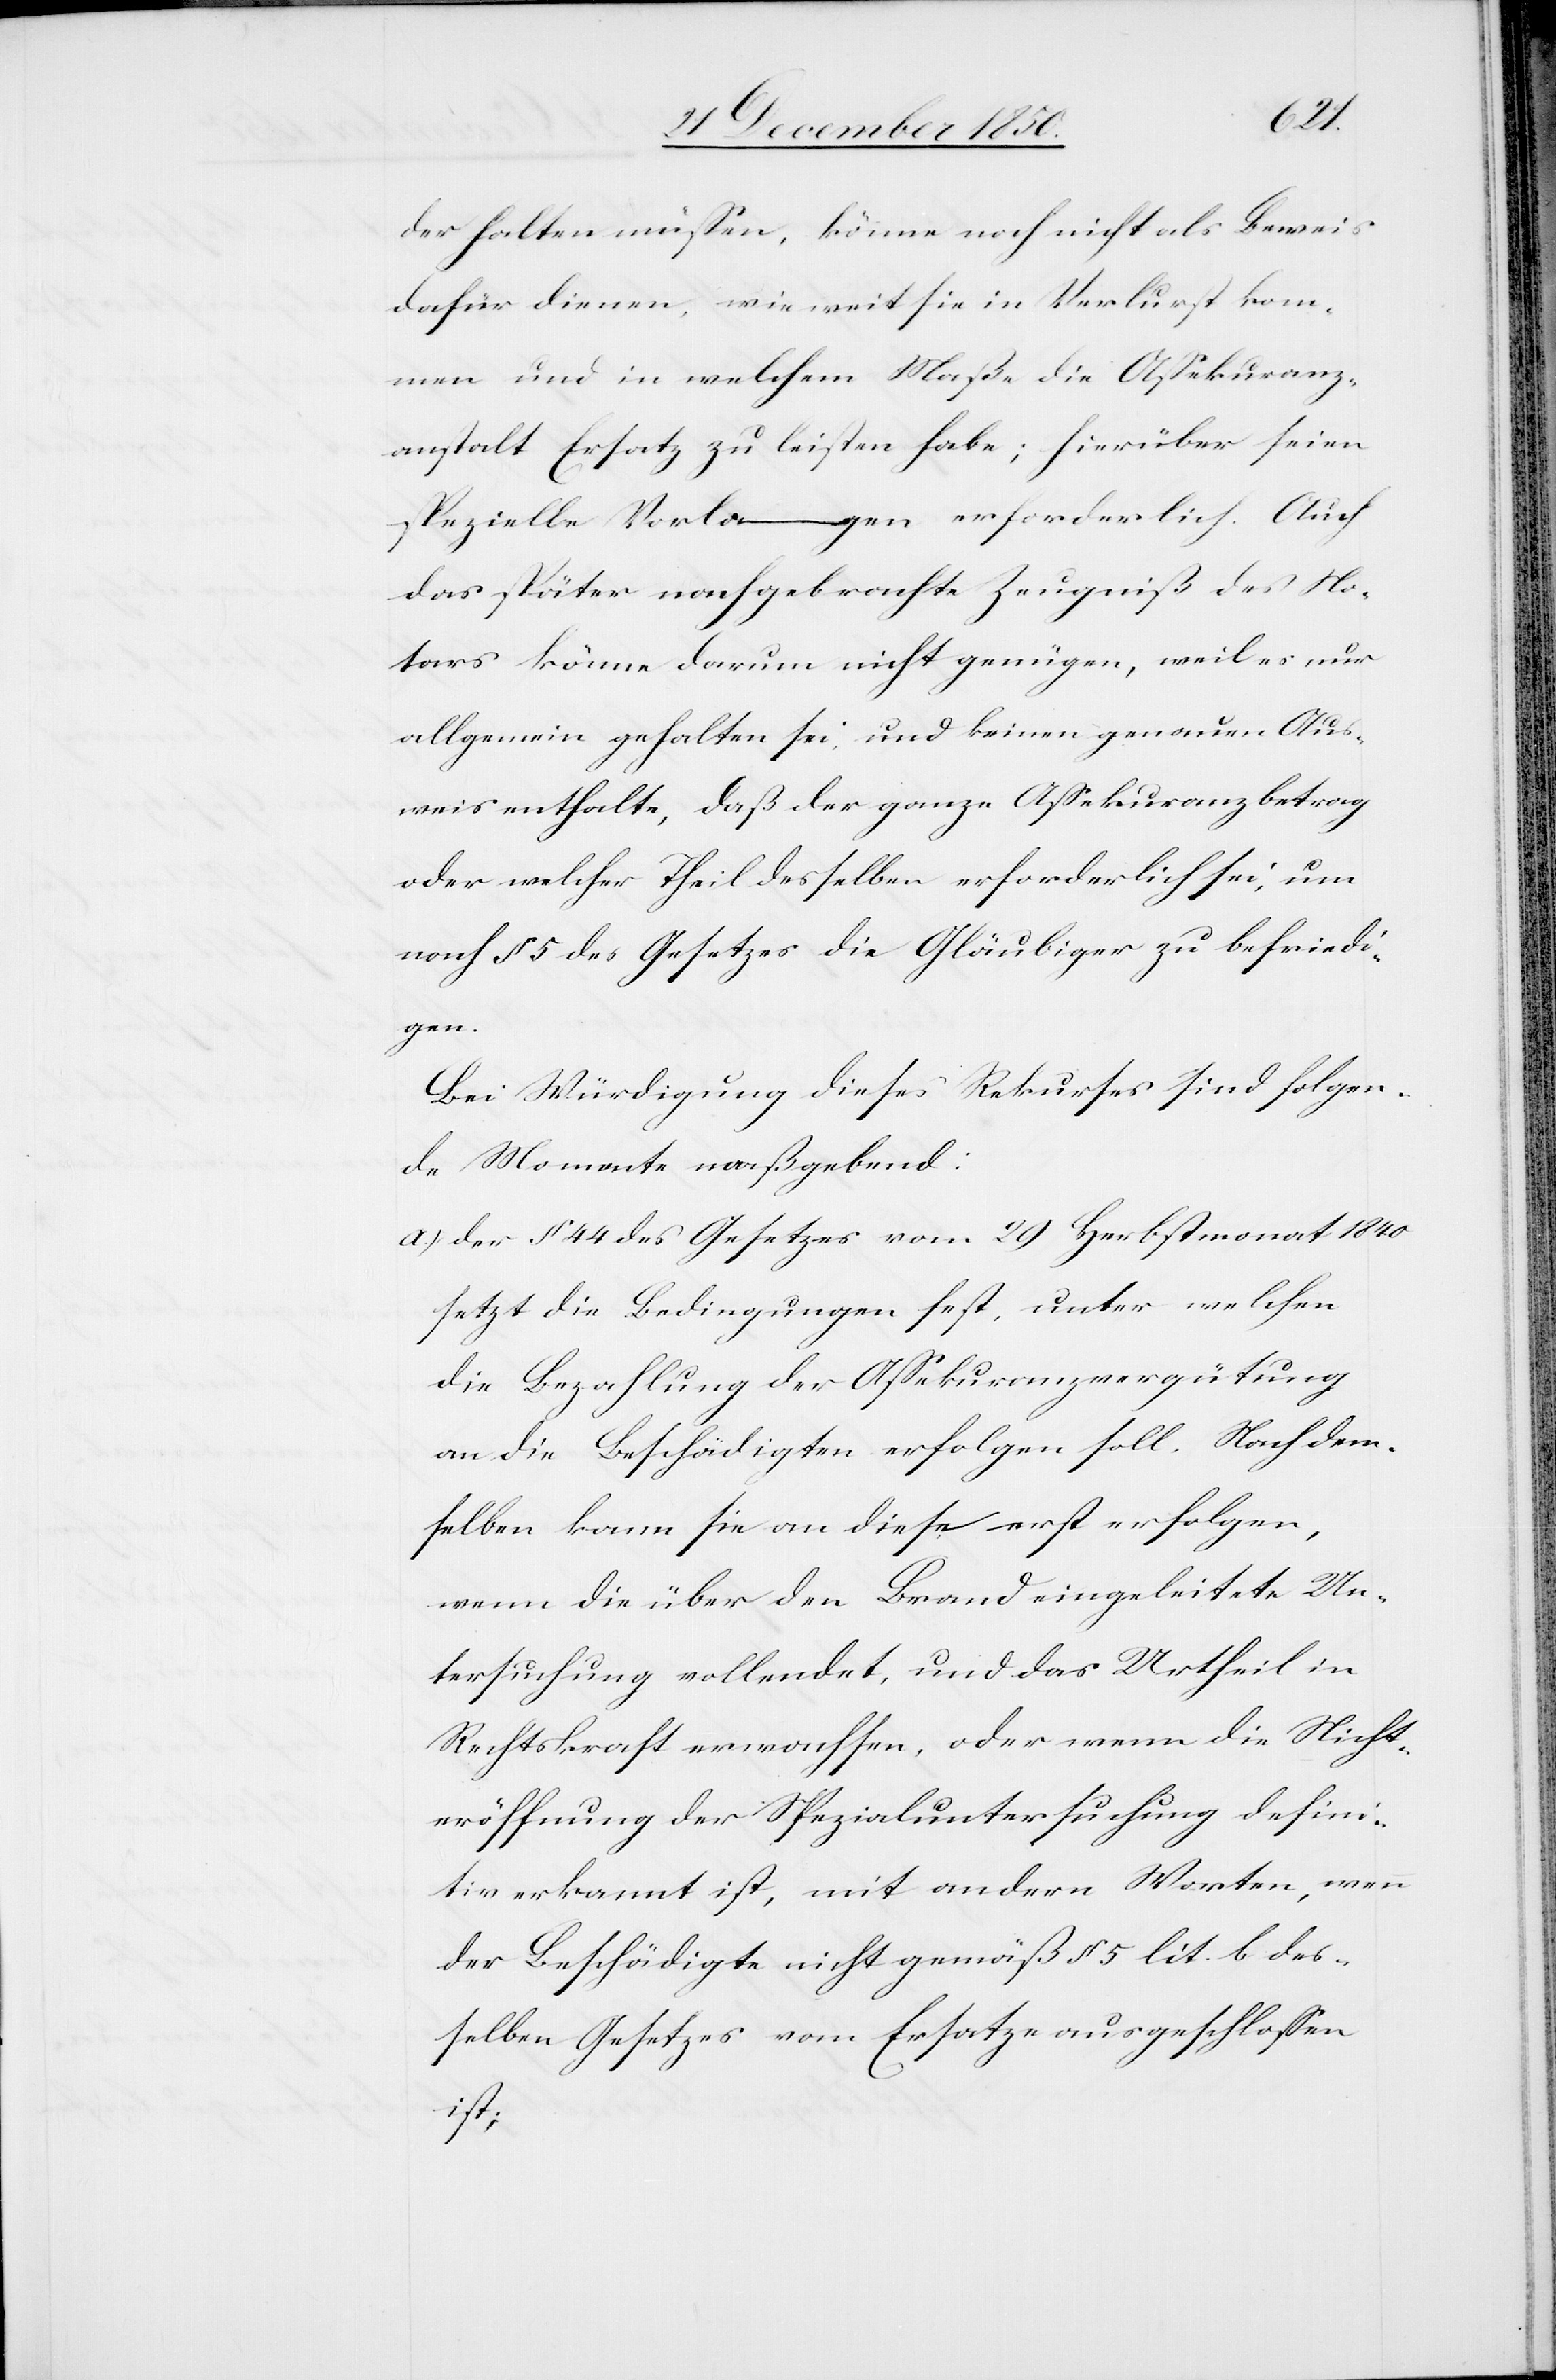
der halten müssen, könne noch nicht als Beweis
dafür dienen, wie weit sie in Verlust kom¬
men und in welchem Maße die Assekuranz¬
anstalt Ersatz zu leisten habe; hierüber seien
spezielle Vorlagen erforderlich. Auch
das später nachgebrachte Zeugniß des No¬
tars könne darum nicht genügen, weil es nur
allgemein gehalten sei, und keinen genauen Aus¬
weis enthalte, daß der ganze Assekuranzbetrag
oder welcher Theil desselben erforderlich sei, um
nach § 5 des Gesetzes die Gläubiger zu befriedi¬
gen.
Bei Würdigung dieses Rekurses sind folgen¬
de Momente maaßgebend:
a.) Der § 44 des Gesetzes vom 29 Herbstmonat 1840
setzt die Bedingungen fest, unter welchen
die Bezahlung der Assekuranzvergütung
an die Beschädigten erfolgen soll. Nach dem¬
selben kann sie an diese erst erfolgen,
wenn die über den Brand eingeleitete Un¬
tersuchung vollendet, und das Urtheil in
Rechtskraft erwachsen, oder wenn die Nicht¬
eröffnung der Spezialuntersuchung defini¬
tiv erkannt ist, mit andern Worten, wenn
der Beschädigte nicht gemäß § 5 lit. b des¬
selben Gesetzes vom Ersatz ausgeschlossen
ist;